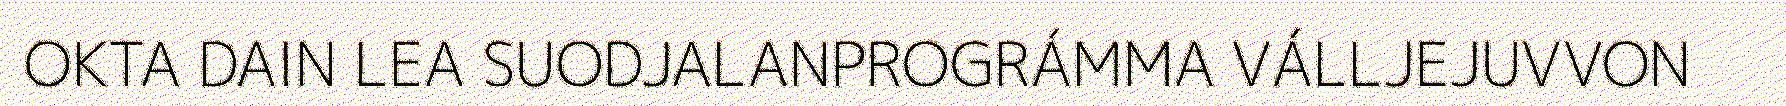
OKTA DAIN LEA SUODJALANPROGRÁMMA VÁLLJEJUVVON